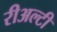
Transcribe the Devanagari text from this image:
रीअल्टी